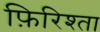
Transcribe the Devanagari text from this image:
फ़िरिश्ता